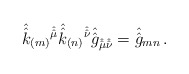
\begin{align*}\hat{\hat{k}}_{(m)}{}^{\hat{\hat{\mu}}}\hat{\hat{k}}_{(n)}{}^{\hat{\hat{\nu}}} \hat{\hat{g}}_{\hat{\hat{\mu}}\hat{\hat{\nu}}}= \hat{\hat{g}}_{mn}\, .\end{align*}